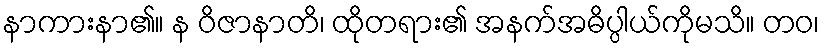
နာကားနာ၏။ န ဝိဇာနာတိ၊ ထိုတရား၏ အနက်အဓိပ္ပါယ်ကိုမသိ။ တဝ၊